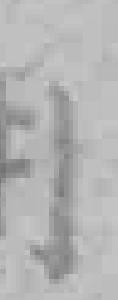
*